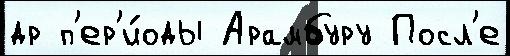
др п'ер'и́оды Арамбуру Посл'е